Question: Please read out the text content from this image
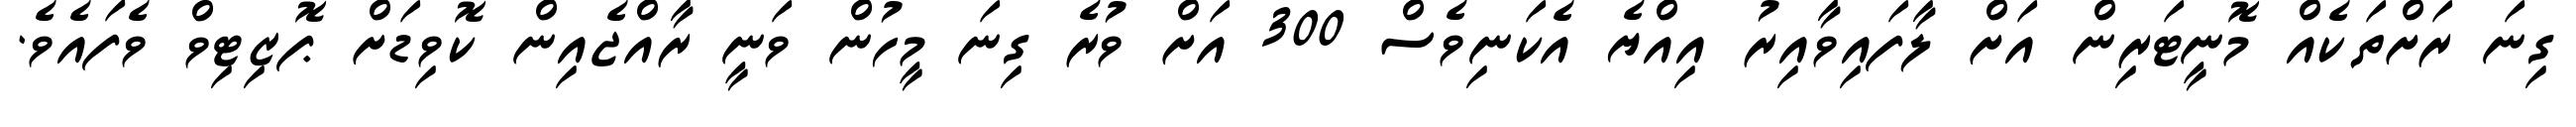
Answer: ގިނަ ރަށްތަކެއް މޮނީޓަރިން އަށް ލާފައިވާއިރު އިއްޔެ އެކަނިވެސް 300 އަށް ވުރެ ގިނަ މީހުން ވަނީ ރާއްޖެއިން ކޮވިޑަށް ޕޮޒިޓިވް ވެފައެވެ.